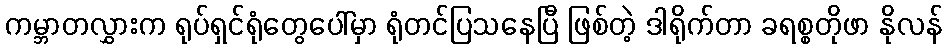
ကမ္ဘာတလွှားက ရုပ်ရှင်ရုံတွေပေါ်မှာ ရုံတင်ပြသနေပြီ ဖြစ်တဲ့ ဒါရိုက်တာ ခရစ္စတိုဖာ နိုလန်